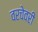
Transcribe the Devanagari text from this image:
वरचेवरी